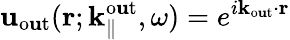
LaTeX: \mathbf{u}_{\mathrm{{o\mathbf{u}t}}}({\mathbf{r}};{\mathbf{k}}_{\parallel}^{\mathrm{{o\mathbf{u}t}}},\omega)=e^{i{\mathbf{k}}_{\mathrm{{o\mathbf{u}t}}}\cdot{\mathbf{r}}}